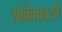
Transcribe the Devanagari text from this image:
शक्‍तिकाली